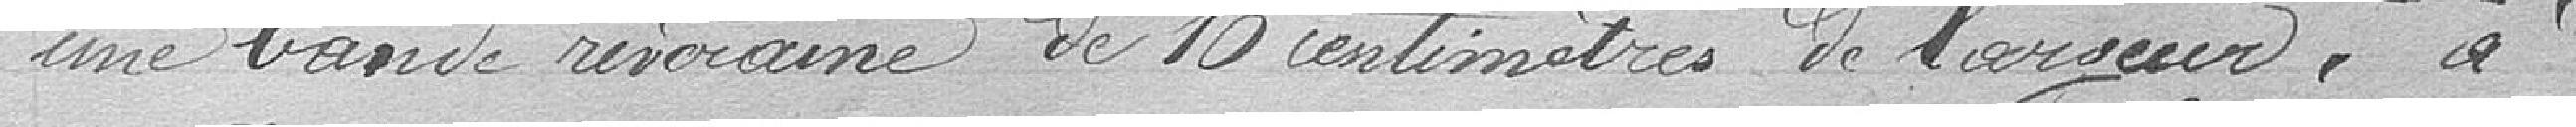
une bande riveraine de 10 centimètres de largeur, à